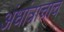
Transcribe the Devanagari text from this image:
अंधांत्राचाच